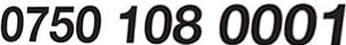
0750 108 0001